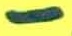
Text: -